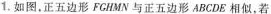
1.如图，正五边形FGHMN与正五边形ABCDE 相似，若